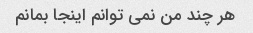
هر چند من نمی توانم اینجا بمانم